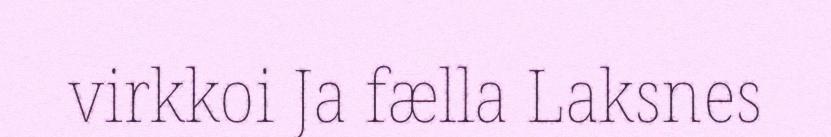
virkkoi Ja fælla Laksnes